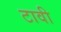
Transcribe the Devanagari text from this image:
टावी